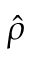
\hat { \rho }